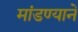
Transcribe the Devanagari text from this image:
मांडण्याने